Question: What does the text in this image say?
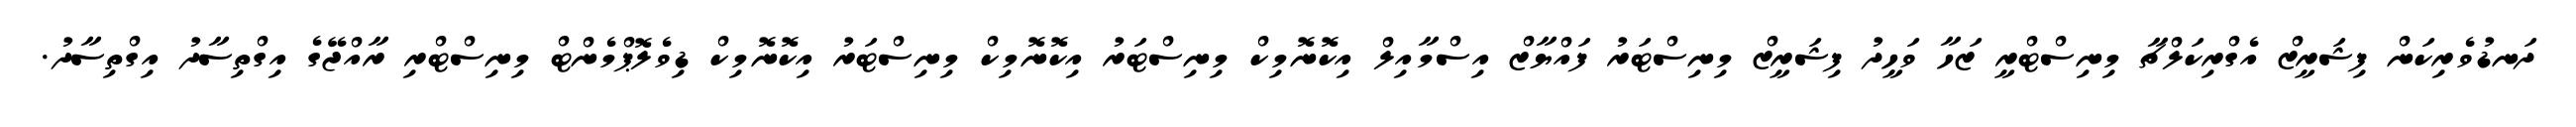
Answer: ދަނޑުވެރިކަން ފިޝަރީޒް އެގްރިކަލްޗާ މިނިސްޓްރީ ޒަހާ ވަހީދު ފިޝަރީޒް މިނިސްޓަރު ފައްޔާޒް އިސްމާއިލް އިކޮނޮމިކް މިނިސްޓަރު އިކޮނޮމިކް މިނިސްޓަރު އިކޮނޮމިކް ޑިވެލޮޕްމެންޓް މިނިސްޓްރި ރާއްޖޭގެ އިގްތިސާދު އިގްތިސާދު.